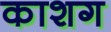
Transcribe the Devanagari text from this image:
काशग